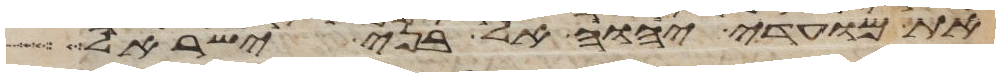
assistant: את מועדי יהוה אל בני ישראל